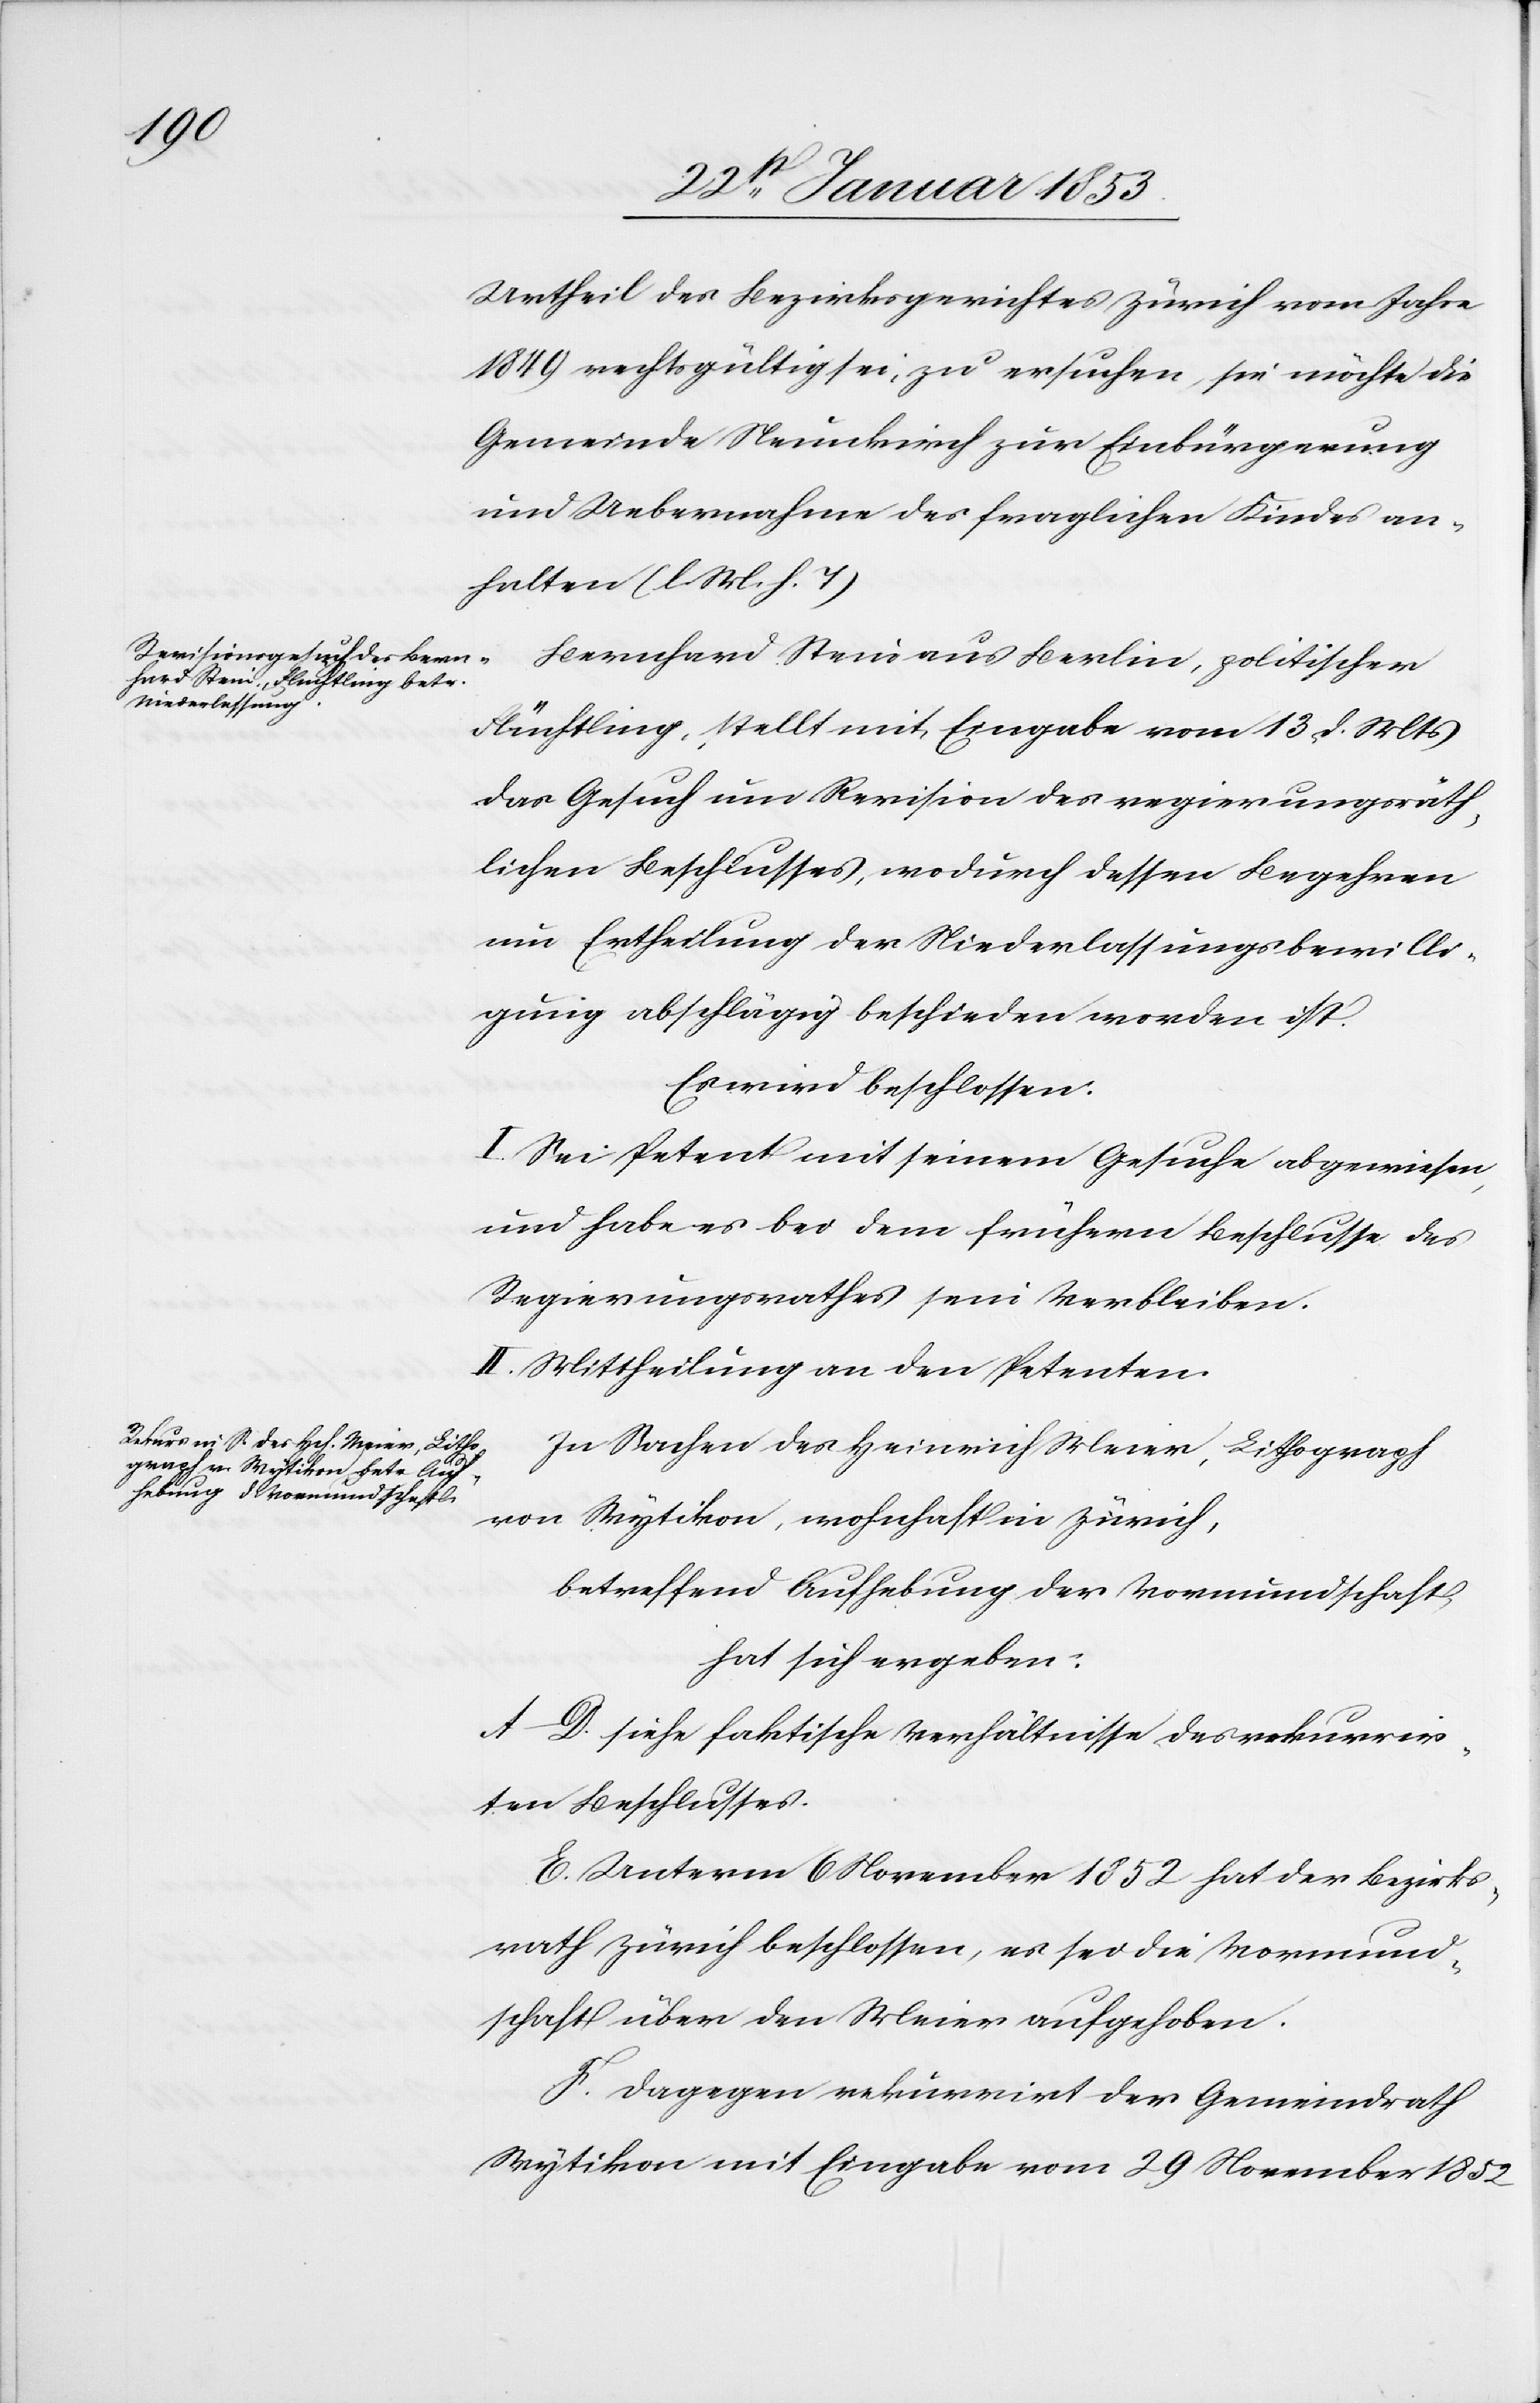
Urtheil des Bezirksgerichtes Zürich vom Jahre
1849 rechtskräftig sei, zu ersuchen, sie möchte die
Gemeinde Neunkirch zur Einbürgerung
und Uebernahme des fraglichen Kindes an¬
halten [l. M. h. T]
Flüchtling, stellt mit Eingabe vom 13 d. Mts.
das Gesuch um Revision des regierungsräth¬
lichen Beschlusses, wodurch dessen Begehren
um Ertheilung der Niederlassungsbewilli¬
gung abhängig beschieden worden ist.
Es wird beschlossen:
I. Sei Petent mit seinem Gesuche abgewiesen,
und habe es bei dem frühern Beschlusse des
Regierungsrathes sein Verbleiben.
II. Mittheilung an den Petenten.
In Sachen des Heinrich Meier, Lithograph
von Wytikon, wohnhaft in Zürich,
betreffend Aufhebung der Vormundschaft
hat sich ergeben:
A–D. siehe faktische Verhältnisse des rekurrir¬
ten Beschlusses.
E. Unterm 6 November 1852 hat der Bezirks¬
rath Zürich beschlossen, es sei die Vormund¬
schaft über den Meier aufgehoben.
F. Dagegen rekurrirt der Gemeindrath
Wytikon mit Eingabe vom 29 November 1852